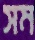
সম